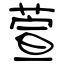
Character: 萱